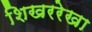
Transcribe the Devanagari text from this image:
शिखररेखा